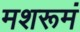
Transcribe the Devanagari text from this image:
मशरूमं